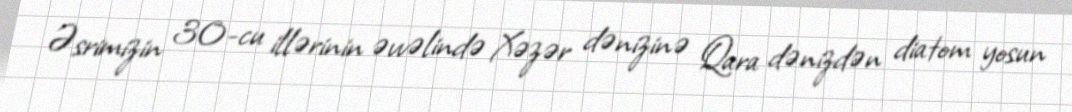
Əsrimizin 30-cu illərinin əvvəlində Xəzər dənizinə Qara dənizdən diatom yosun